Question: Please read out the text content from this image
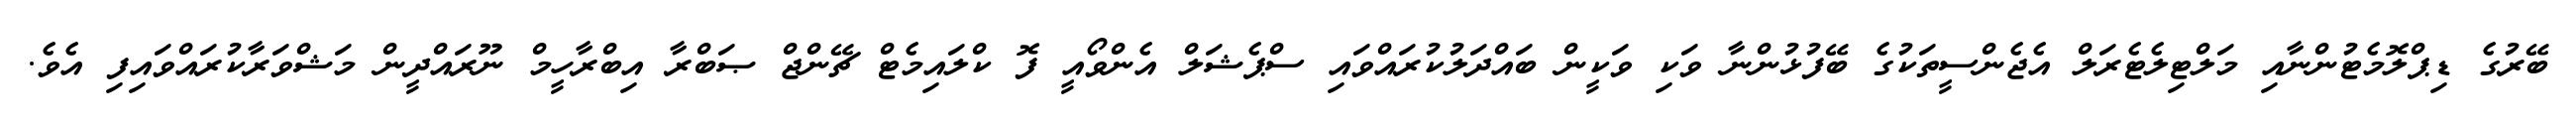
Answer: ބޭރުގެ ޑިޕްލޮމެޓުންނާއި މަލްޓިލެޓެރަލް އެޖެންސީތަކުގެ ބޭފުޅުންނާ ވަކި ވަކީން ބައްދަލުކުރައްވައި ސްޕެޝަލް އެންވޯއީ ފޮ ކްލައިމެޓް ޗޭންޖް ޞަބްރާ އިބްރާހީމް ނޫރައްދީން މަޝްވަރާކުރައްވައިފި އެވެ.